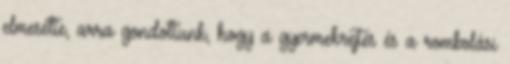
elmesélte, arra gondoltunk, hogy a gyermekrejtés és a rombolási